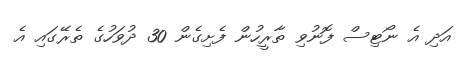
އަދި އެ ނޯޓިސް ފޮނުވި ތާރީހުން ފެށިގެން 30 ދުވަހުގެ ތެރޭގައި އެ